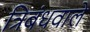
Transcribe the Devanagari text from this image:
त्रिबंधवाले